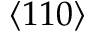
\langle 1 1 0 \rangle